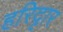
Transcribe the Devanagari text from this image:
हरिदृार